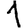
Digit: 1